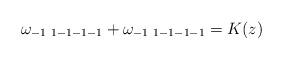
LaTeX: \begin{align*}\omega_{-1\ 1-1-1-1}+\omega_{-1\ 1-1-1-1}=K(z)\end{align*}